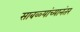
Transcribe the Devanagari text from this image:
साबळ्यांच्यानंतर